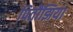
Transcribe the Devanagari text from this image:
पितौंझिया